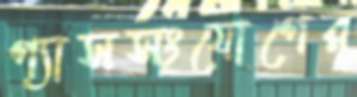
গ্যাসসংযোগের